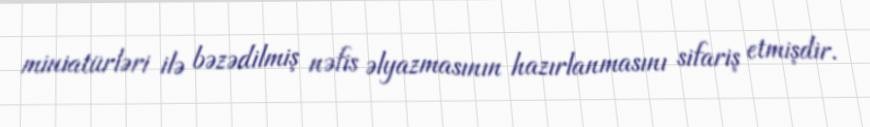
miniatürləri ilə bəzədilmiş nəfis əlyazmasının hazırlanmasını sifariş etmişdir.